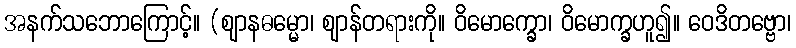
အနက်သဘောကြောင့်။ (ဈာနဓမ္မော၊ ဈာန်တရားကို။ ဝိမောက္ခော၊ ဝိမောက္ခဟူ၍။ ဝေဒိတဗ္ဗော၊